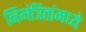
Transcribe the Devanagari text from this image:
निमंत्रितांमध्ये